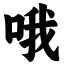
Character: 哦